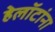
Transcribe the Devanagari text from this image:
हेलॉटांना